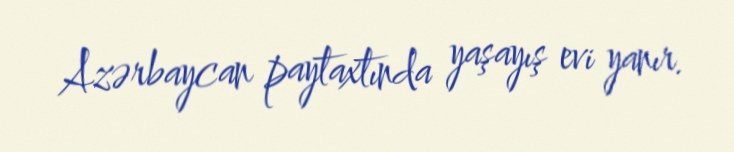
Azərbaycan paytaxtında yaşayış evi yanır.